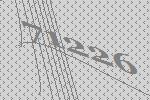
71226